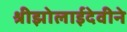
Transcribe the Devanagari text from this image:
श्रीझोलाईदेवीने